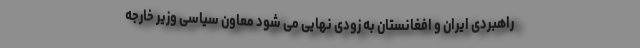
راهبردی ایران و افغانستان به زودی نهایی می شود معاون سیاسی وزیر خارجه